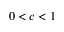
0 < c < 1